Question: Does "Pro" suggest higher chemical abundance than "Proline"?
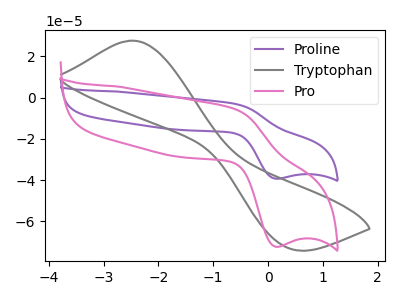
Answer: <think>The purple curve "Proline" has an anodic peak at (-0.60V, -3.05uA) and a cathodic peak at (0.15V, -39.30uA). The gray curve "Tryptophan" has an anodic peak at (-2.50V, 27.60uA) and a cathodic peak at (0.35V, -72.90uA). The pink curve "Pro" has an anodic peak at (-0.60V, -5.60uA) and a cathodic peak at (0.15V, -72.25uA).
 All the peaks in "Pro" have a peak in "Proline" at the same potential.</think>
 <answer>I cant tell if "Pro" or "Proline" has more signal.</answer>
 <eval>mixed_signal</eval>